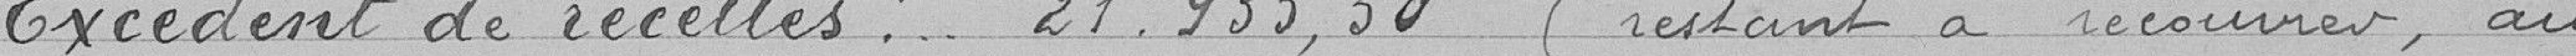
Excédents de recettes : 21.935,50 (restant à recouvrer, au